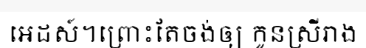
អេដស៍។ព្រោះតែចង់ឲ្យ កូនស្រីរាង